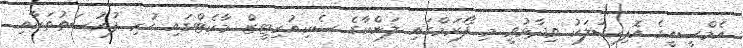
އެމްސީއީގެ އޮފިޝަލަކު ވިދާޅުވީ މި ފޯރަމްގައި ލަންކާގެ ސެކިއުރިޓީޒް މާކެޓްގައި ހުރި ފުރުސަތުތަކާއި